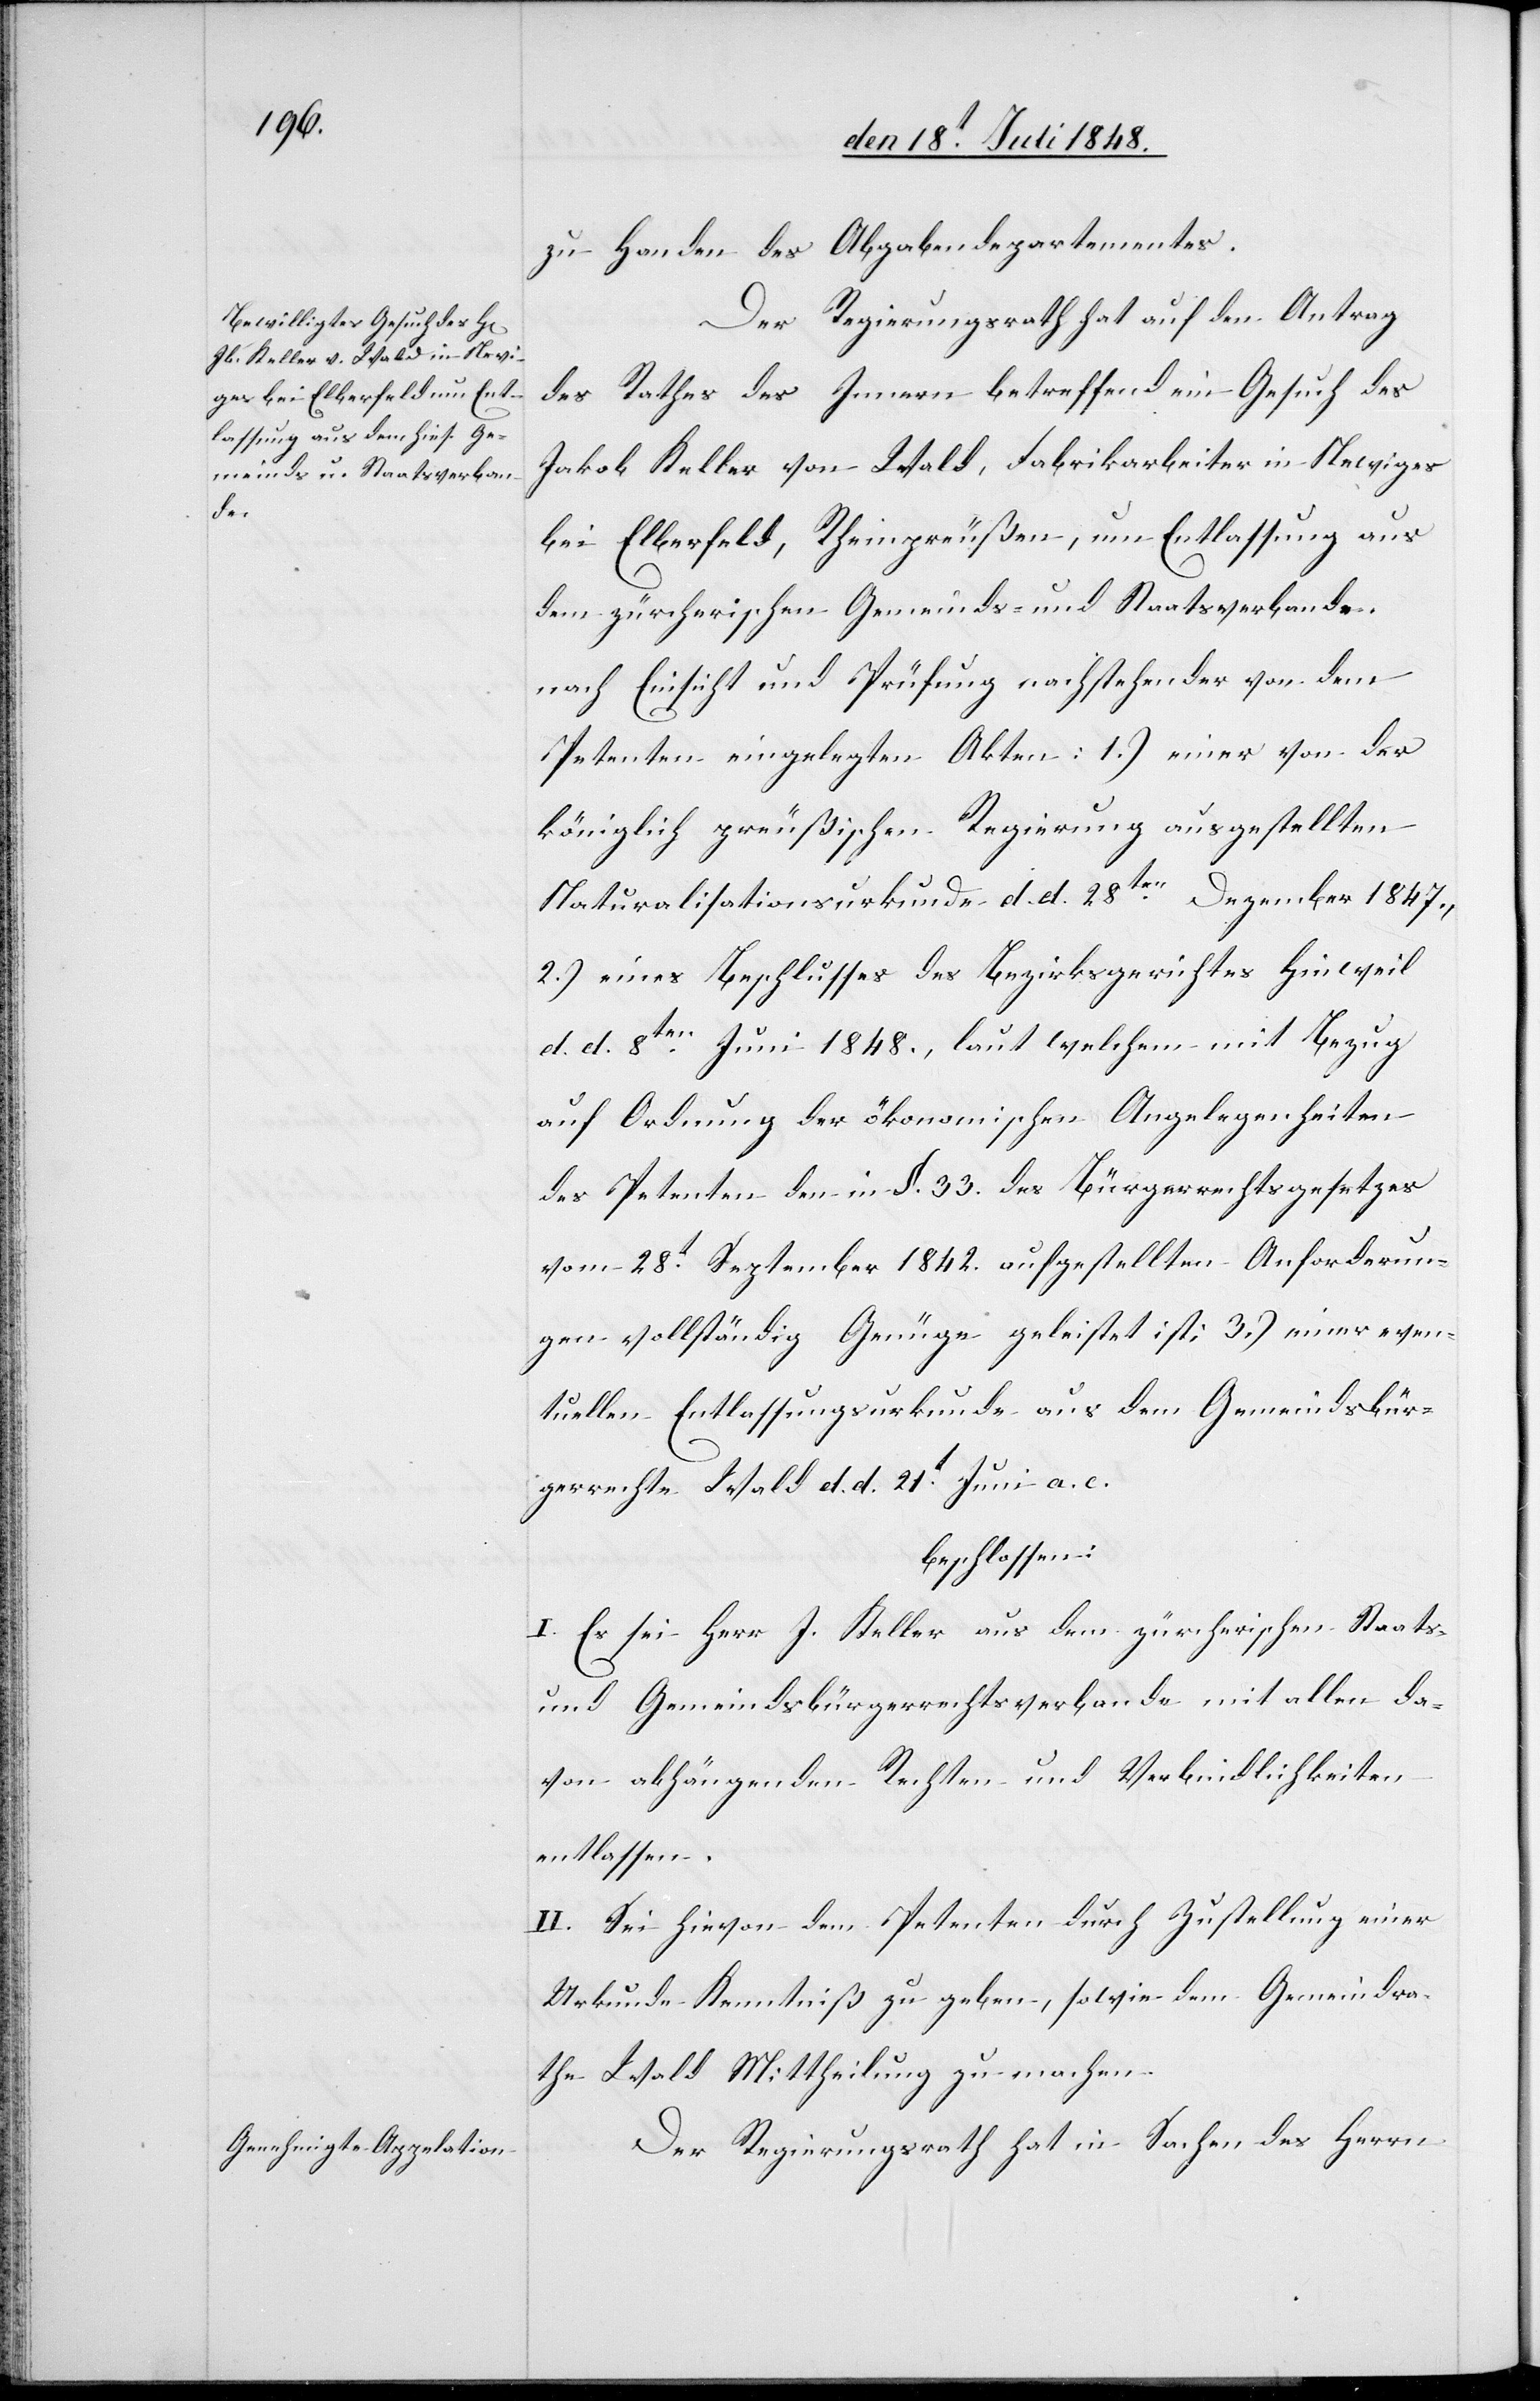
zu Handen des Abgabendepartementes.
Der Regierungsrath hat auf den Antrag
des Rathes des Innern betreffend ein Gesuch des
Jakob Keller von Wald, Fabrikarbeiter in Newiges
bei Elberfeld, Rheinpreußen, um Entlassung aus
dem zürcherischen Gemeinds- und Staatsverbande,
nach Einsicht und Prüfung nachstehender von dem
Petenten eingelegten Akten: 1.) einer von der
königlich preußischen Regierung ausgestellten
Naturalisationsurkunde d. d. 28ten Dezember 1847.,
2.) eines Beschlusses des Bezirksgerichtes Hinweil
d. d. 8ten Juni 1848., laut welchem mit Bezug
auf Ordnung der ökonomischen Angelegenheiten
des Petenten den in §. 33. des Bürgerrechtsgesetzes
vom 28t September 1842. aufgestellten Anforderun¬
gen vollständig Genüge geleistet ist; 3.) einer even¬
tuellen Entlassungsurkunde aus dem Gemeindsbür¬
gerrechte Wald d. d. 21t Juni a. c.
beschlossen:
I. Es sei Herr J. Keller aus dem zürcherischen Staats-
und Gemeindsbürgerrechtsverbande mit allen da¬
von abhängenden Rechten und Verbindlichkeiten
entlassen.
II. Sei hievon dem Petenten durch Zustellung einer
Urkunde Kenntniß zu geben, sowie dem Gemeindrah¬
te Wald Mittheilung zu machen.
Der Regierungsrath hat in Sachen des Herrn